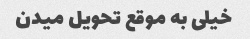
خیلی به موقع تحویل میدن